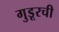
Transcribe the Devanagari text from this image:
गुडूरची